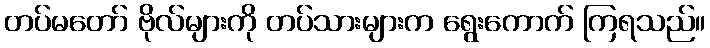
တပ်မတော် ဗိုလ်များကို တပ်သားများက ရွေးကောက် ကြရသည်။